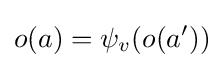
o(a)=\psi _{v}(o(a'))